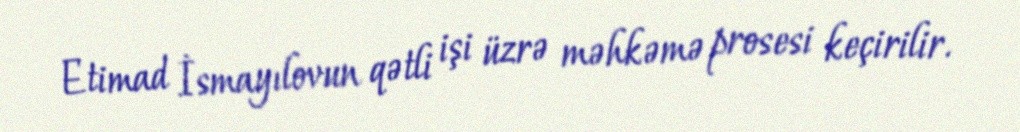
Etimad İsmayılovun qətli işi üzrə məhkəmə prosesi keçirilir.